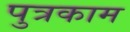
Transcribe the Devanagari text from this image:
पुत्रकाम